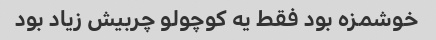
خوشمزه بود فقط یه کوچولو چربیش زیاد بود